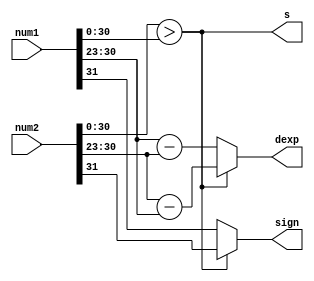
`timescale 1ns / 1ps
//////////////////////////////////////////////////////////////////////////////////
// Company: 
// Engineer: 
// 
// Design Name: 
// Module Name: floatcmp
// Project Name: 
// Target Devices: 
// Tool Versions: 
// Description: 
// 
// Dependencies: 
// 
// Revision:
// Revision 0.01 - File Created
// Additional Comments:
// 
//////////////////////////////////////////////////////////////////////////////////


module floatcmp(
input [31:0] num1, num2,
output reg sign, s,
output reg [7:0] dexp);

always @ (*)
    begin
        s = (num2[30:0] > num1[30:0]);
        sign = (num2[30:0]>num1[30:0]) ? num2[31] : num1[31];
        dexp = (s) ? (num2[30:23]-num1[30:23]) : (num1[30:23]-num2[30:23]);
    end
endmodule